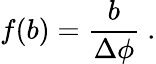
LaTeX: f(b)=\frac{b}{\Delta\phi}\ .